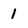
Character: 1